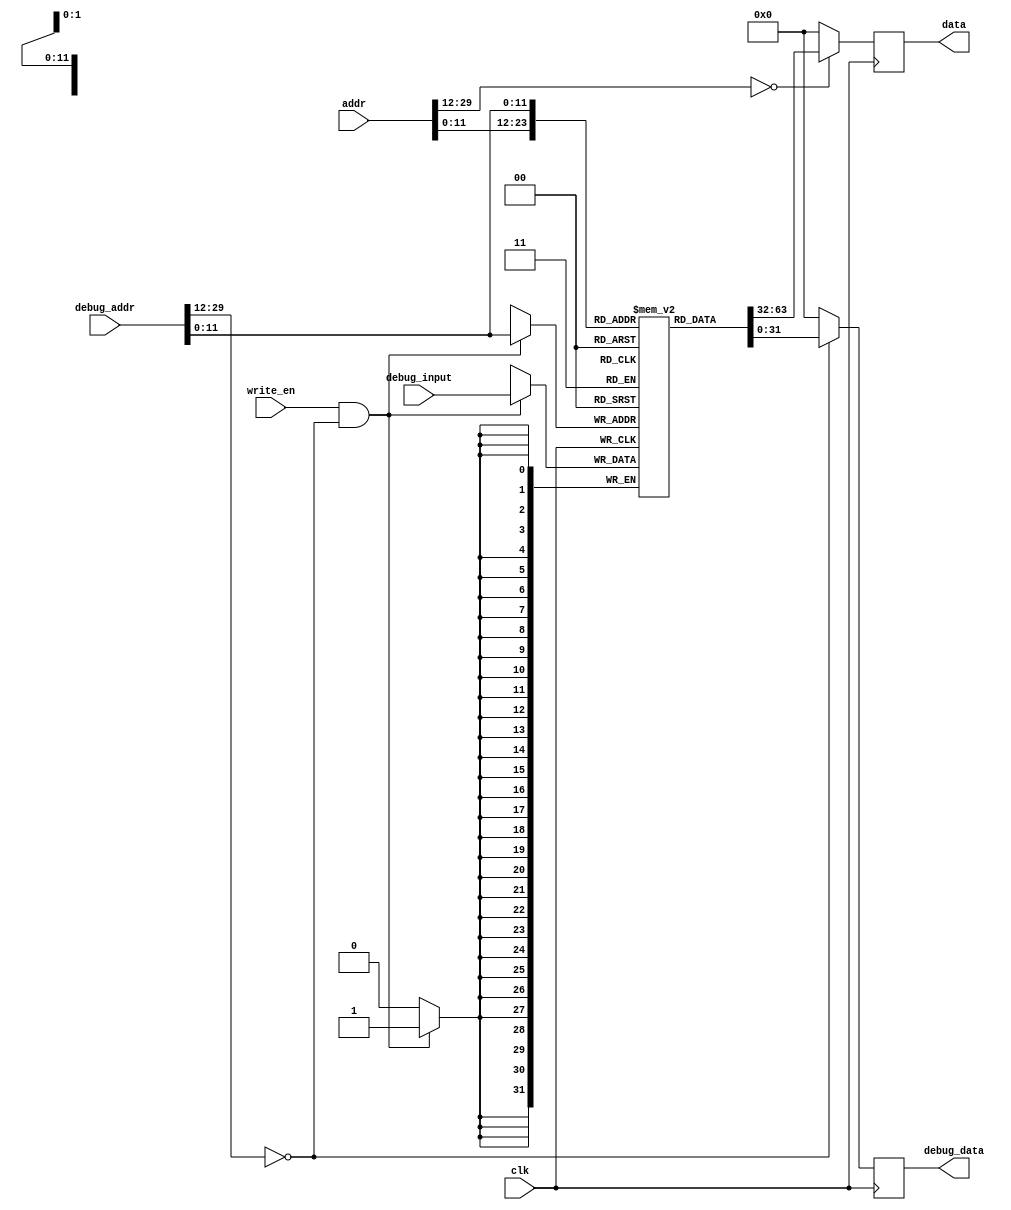
// asm file name: MatMul.S
module InstructionCache(
    input wire clk,
    input wire write_en,
    input wire [31:2] addr, debug_addr,
    input wire [31:0] debug_input,
    output reg [31:0] data, debug_data
);

    // local variable
    wire addr_valid = (addr[31:14] == 18'h0);
    wire debug_addr_valid = (debug_addr[31:14] == 18'h0);
    wire [11:0] dealt_addr = addr[13:2];
    wire [11:0] dealt_debug_addr = debug_addr[13:2];
    // cache content
    reg [31:0] inst_cache[0:4095];


    initial begin
        data = 32'h0;
        debug_data = 32'h0;
        inst_cache[       0] = 32'h00404713;
        inst_cache[       1] = 32'h00404693;
        inst_cache[       2] = 32'h00e696b3;
        inst_cache[       3] = 32'h00004633;
        inst_cache[       4] = 32'h00e69533;
        inst_cache[       5] = 32'h00a505b3;
        inst_cache[       6] = 32'h000042b3;
        inst_cache[       7] = 32'h00004333;
        inst_cache[       8] = 32'h00004e33;
        inst_cache[       9] = 32'h000043b3;
        inst_cache[      10] = 32'h00e29eb3;
        inst_cache[      11] = 32'h007e8eb3;
        inst_cache[      12] = 32'h00ae8eb3;
        inst_cache[      13] = 32'h000eae83;
        inst_cache[      14] = 32'h00e39f33;
        inst_cache[      15] = 32'h006f0f33;
        inst_cache[      16] = 32'h00bf0f33;
        inst_cache[      17] = 32'h000f2f03;
        inst_cache[      18] = 32'h01eefeb3;
        inst_cache[      19] = 32'h01de0e33;
        inst_cache[      20] = 32'h00438393;
        inst_cache[      21] = 32'hfcd3cae3;
        inst_cache[      22] = 32'h00e29eb3;
        inst_cache[      23] = 32'h006e8eb3;
        inst_cache[      24] = 32'h00ce8eb3;
        inst_cache[      25] = 32'h01cea023;
        inst_cache[      26] = 32'h00430313;
        inst_cache[      27] = 32'hfad34ae3;
        inst_cache[      28] = 32'h00428293;
        inst_cache[      29] = 32'hfad2c4e3;
        inst_cache[      30] = 32'h00100293;
        inst_cache[      31] = 32'h00e292b3;
        inst_cache[      32] = 32'h00e292b3;
        inst_cache[      33] = 32'h00229293;
        inst_cache[      34] = 32'h00000313;
        inst_cache[      35] = 32'h00032383;
        inst_cache[      36] = 32'h00430313;
        inst_cache[      37] = 32'hfe534ce3;
        inst_cache[      38] = 32'h0000006f;
end

    always@(posedge clk)
    begin
        data <= addr_valid ? inst_cache[dealt_addr] : 32'h0;
        debug_data <= debug_addr_valid ? inst_cache[dealt_debug_addr] : 32'h0;
        if(write_en & debug_addr_valid) 
            inst_cache[dealt_debug_addr] <= debug_input;
    end

endmodule